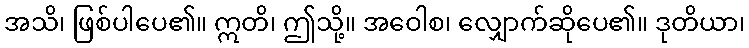
အသိ၊ ဖြစ်ပါပေ၏။ ဣတိ၊ ဤသို့။ အဝေါစ၊ လျှောက်ဆိုပေ၏။ ဒုတိယာ၊